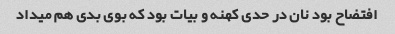
افتضاح بود نان در حدی کهنه و بیات بود که بوی بدی هم میداد